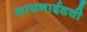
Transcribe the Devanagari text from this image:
सायनाईडची